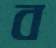
ব